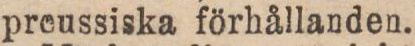
preussiska förhållanden.